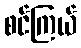
စင်ကြယ်